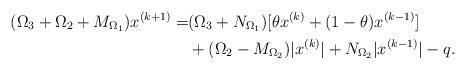
LaTeX: \begin{align*}(\Omega_3+\Omega_2 + M_{\Omega_1})x^{(k+1)}=&(\Omega_3+N_{\Omega_1})[\theta x^{(k)}+(1-\theta)x^{(k-1)}]\\&+(\Omega_2 - M_{\Omega_2})\vert x^{(k)} \vert + N_{\Omega_2} \vert x^{(k-1)} \vert - q.\end{align*}